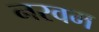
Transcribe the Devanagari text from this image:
नरवम